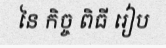
នៃ កិច្ច ពិធី រៀប